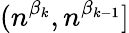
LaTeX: (n^{\beta_{k}},n^{\beta_{k-1}}]